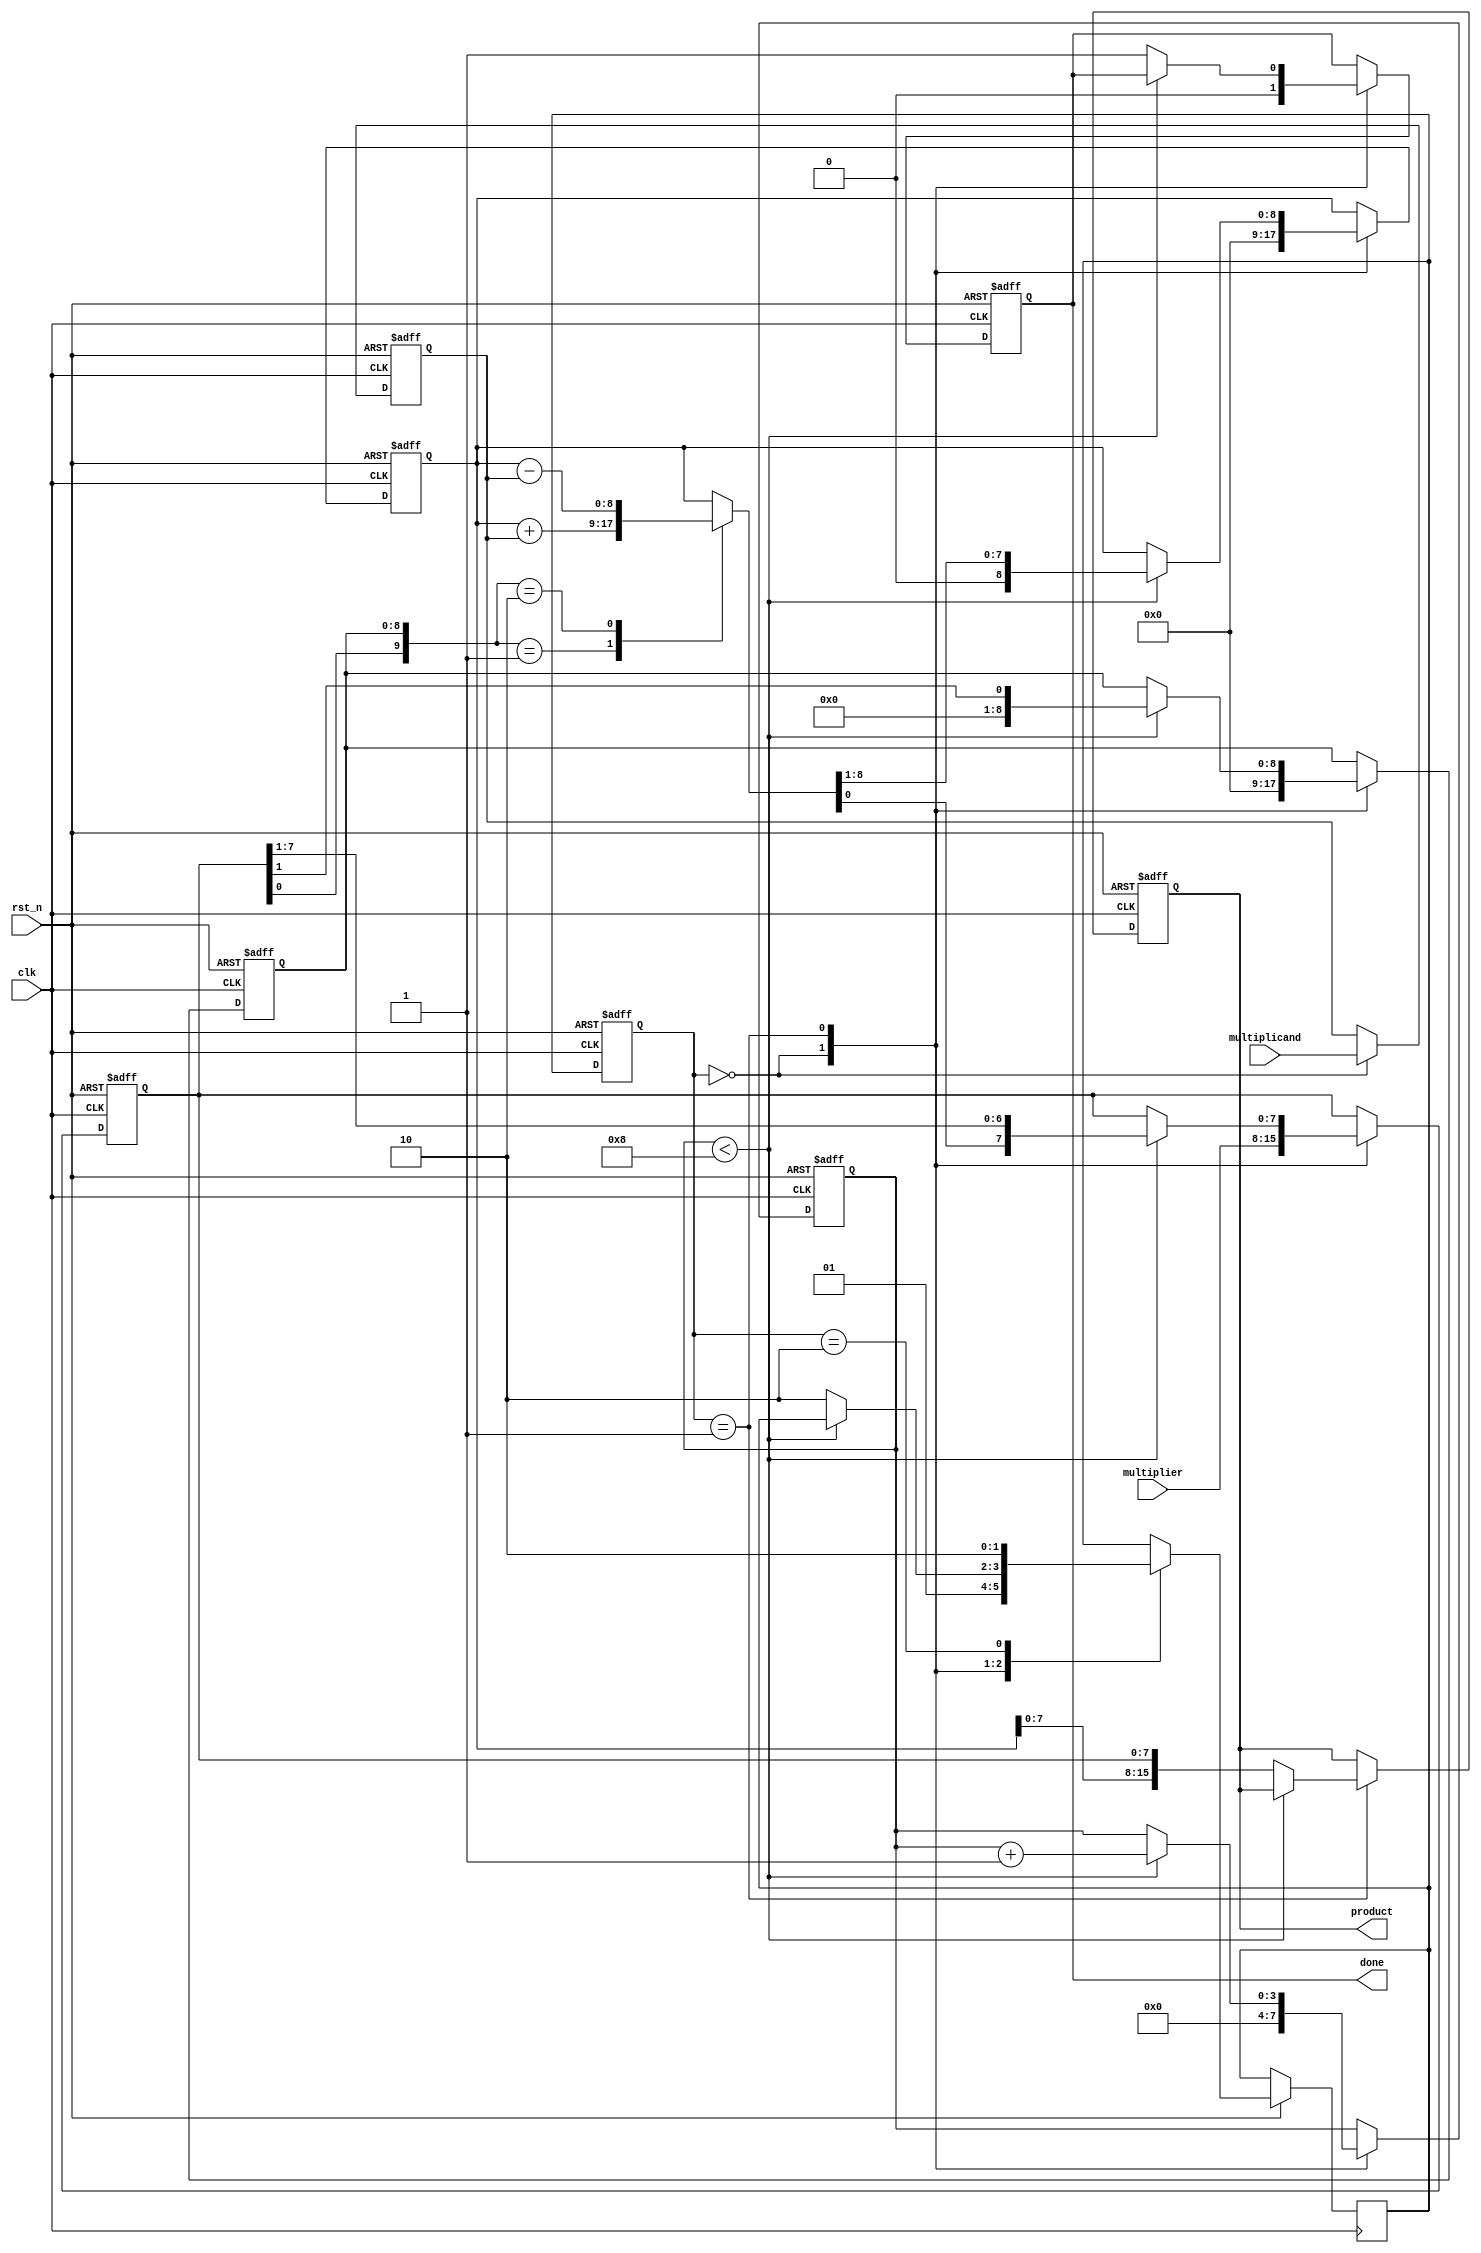
module modified_booth_multiplier #(
    parameter N = 8 // Width of the multiplicand and multiplier
)(
    input clk,
    input rst_n,
    input [N-1:0] multiplicand,
    input [N-1:0] multiplier,
    output reg [2*N-1:0] product,
    output reg done
);

    reg [N-1:0] M; // Multiplicand
    reg [N-1:0] Q; // Multiplier
    reg [N:0] A;   // Accumulator (N bits + 1 for sign)
    reg [N:0] Q_1; // Previous Q bit
    reg [3:0] count; // Count of iterations (up to N)
    
    // States for control logic
    localparam IDLE = 2'b00,
               COMPUTE = 2'b01,
               DONE = 2'b10;

    reg [1:0] state, next_state;

    always @(posedge clk or negedge rst_n) begin
        if (!rst_n) begin
            state <= IDLE;
        end else begin
            state <= next_state;
        end
    end

    always @(posedge clk or negedge rst_n) begin
        if (!rst_n) begin
            product <= 0;
            A <= 0;
            Q <= 0;
            Q_1 <= 0;
            M <= 0;
            count <= 0;
            done <= 0;
        end else begin
            case (state)
                IDLE: begin
                    // Load inputs and initialize
                    M <= multiplicand;
                    Q <= multiplier;
                    A <= 0;
                    Q_1 <= 0;
                    count <= 0;
                    done <= 0;
                    next_state <= COMPUTE;
                end

                COMPUTE: begin
                    if (count < N) begin
                        // Booth's encoding based on Q[0] and Q_1
                        case ({Q[0], Q_1})
                            2'b00: begin
                                // No addition or subtraction
                            end
                            2'b01: begin
                                // Add multiplicand
                                A = A + M;
                            end
                            2'b10: begin
                                // Subtract multiplicand
                                A = A - M;
                            end
                            2'b11: begin
                                // No addition or subtraction (but shift)
                            end
                        endcase

                        // Arithmetic right shift
                        {A, Q} = {A, Q} >> 1; // Combine A and Q for shifting
                        Q_1 = Q[0]; // Update Q_1
                        count = count + 1; // Increment count
                    end else begin
                        // Final output
                        product <= {A, Q}; // Combine A and Q for product
                        done <= 1;
                        next_state <= DONE;
                    end
                end

                DONE: begin
                    // Wait until reset
                    next_state <= DONE;
                end
            endcase
        end
    end
endmodule